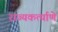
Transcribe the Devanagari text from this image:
राज्यकर्त्याणे